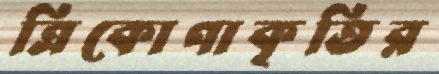
ত্রিকোণাকৃতির